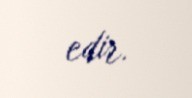
edir.